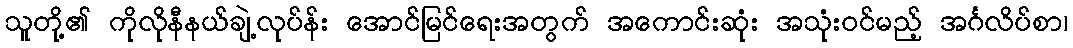
သူတို့၏ ကိုလိုနီနယ်ချဲ့လုပ်န်း အောင်မြင်ရေးအတွက် အကောင်းဆုံး အသုံးဝင်မည့် အင်္ဂလိပ်စာ၊